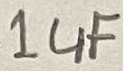
Text: 1uF